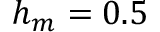
h _ { m } = 0 . 5